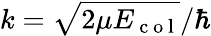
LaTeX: k=\sqrt{2\mu E_{\mathrm{~c~o~l~}}}/\hbar